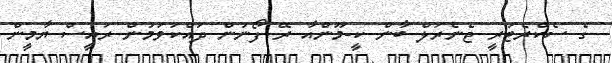
ގެ ސެކްރެޓަރީ ޖެނެރަލް ބާން ކީ-މޫންއާ ރޭ ފޯނުން ދައްކަވަމުން ރައީސް ޔާމީން